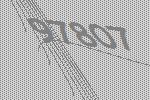
97807